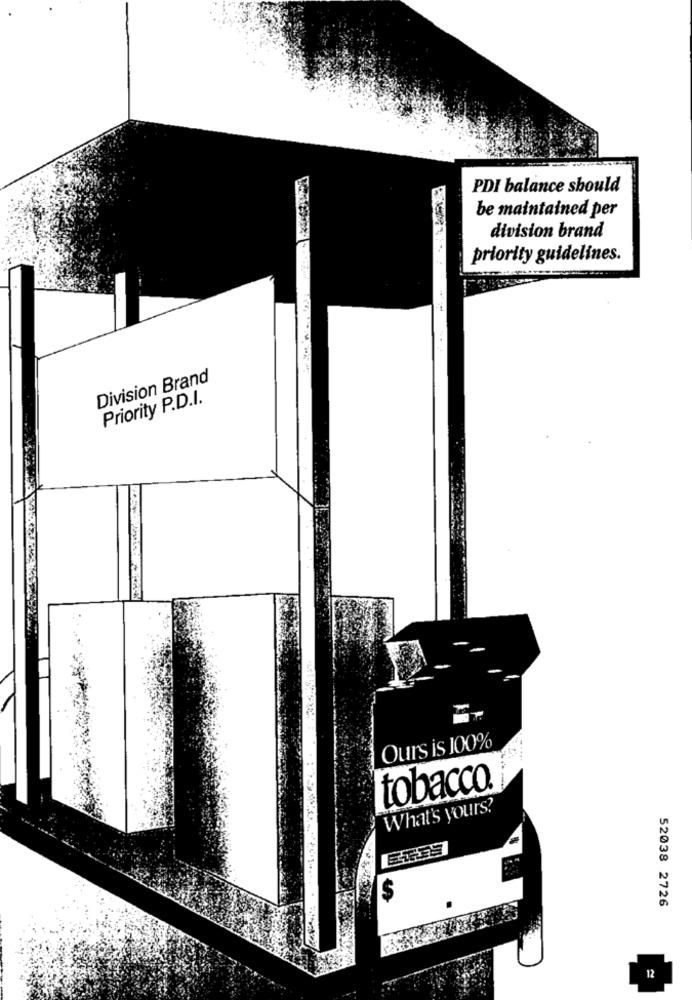
PDI balance should
be maintained per
division brand
priority guidelines.
Division Brand
Priority P.D.I.
Ours is 100%
tobacco.
What's yours?
$
52038 2726
12